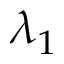
\lambda _ { 1 }